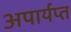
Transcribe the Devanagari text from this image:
अपार्यप्त